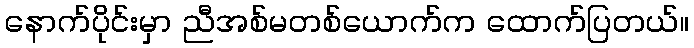
နောက်ပိုင်းမှာ ညီအစ်မတစ်ယောက်က ထောက်ပြတယ်။